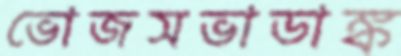
ভোজসভাডাঙ্ক